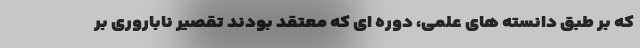
که بر طبق دانسته های علمی، دوره ای که معتقد بودند تقصیر ناباروری بر